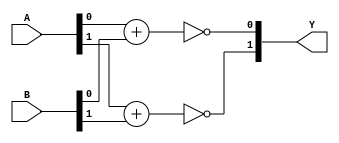
module XNOR(
	input [1:0] A, B,
	output reg [1:0] Y
);

always @*
begin
    Y[0] = ~(A[0] + B[0]);
    Y[1] = ~(A[1] + B[1]);
end

endmodule